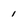
Character: 1